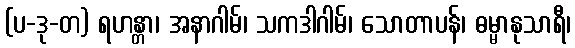
(ပ-ဒု-တ) ရဟန္တာ၊ အနာဂါမ်၊ သကဒါဂါမ်၊ သောတာပန်၊ ဓမ္မာနုသာရီ၊